Lunatic asylums Central Provinces reports 1895-1909 - 1895-1909
Year: 1895
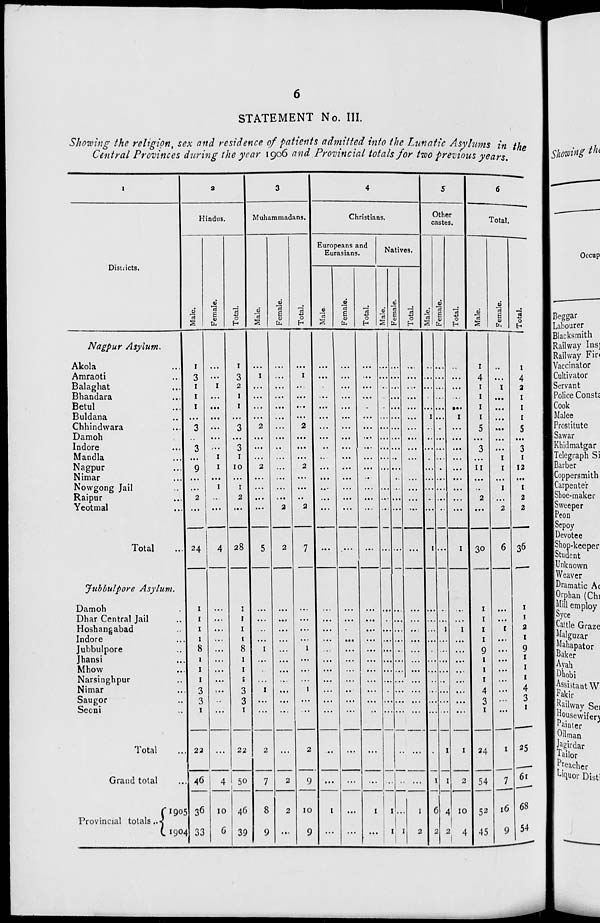
6
STATEMENT No. III.
Showing the religion, sex and residence of patients admitted into the Lunatic Asylums in the
Central Provinces during the year 1906 and Provincial totals for two previous years.
Districts.
Nagpur Asylum.
Akola...
Amraoti...
Balaghat...
Bhandara...
Betul...
Buldana...
Chhindwara...
Damoh...
Indore...
Mandla...
Nagpur...
Nimar...
Nowgong Jail...
Raipur...
Yeotmal...
Total...
Jubbulpore Asylum.
Damoh...
Dhar Central Jail...
Hoshangabad...
Indore...
Jubbulpore...
Jhansi...
Mhow...
Narsinghpur...
Nimar...
Saugor...
Seoni...
Total...
Grand total...
Provincial totals..
1905
1904
2
Hindus.
Male.
1
3
1
1
1
...
3
...
3
...
9
...
...
2
...
24
1
1
1
1
8
1
1
1
3
3
1
22
46
36
33
Female.
...
...
1
...
...
...
...
...
...
1
1
...
1
...
...
4
...
...
...
...
...
...
...
...
...
..
...
...
4
10
6
Total.
1
3
2
1
1
...
3
...
3
1
10
...
1
2
...
28
1
1
1
1
8
1
1
1
3
3
1
22
50
46
39
3
Muhammadans.
Male.
...
1
...
...
...
...
2
...
...
...
2
...
...
...
...
5
...
...
...
...
1
...
...
...
1
...
...
2
7
8
9
Female.
...
...
...
...
...
...
...
...
...
...
...
...
...
...
2
2
...
...
...
...
...
...
...
...
...
...
...
...
2
2
...
Total.
...
1
...
...
...
...
2
...
...
...
2
...
...
...
2
7
...
...
...
...
1
...
...
...
1
...
...
2
9
10
9
4
Christians.
Europeans and
Eurasians.
Male.
...
...
...
...
...
...
...
...
...
...
...
...
...
...
...
...
...
...
...
...
...
...
...
...
...
...
...
...
...
1
...
Female.
...
...
...
...
...
...
...
...
...
...
...
...
...
...
...
...
...
...
...
...
...
...
...
...
...
...
...
...
...
...
...
Total.
...
...
...
...
...
...
...
...
...
...
...
...
...
...
...
...
...
...
...
...
...
...
...
...
...
...
...
...
...
1
...
Natives.
Male.
...
...
...
...
...
...
...
...
..
...
...
...
...
...
...
...
...
...
...
...
...
...
...
...
...
...
...
...
...
1
1
Female.
...
...
...
...
...
...
...
...
...
...
...
...
...
...
...
...
...
...
...
...
...
...
...
...
...
...
...
...
...
...
1
Total.
...
...
...
...
...
...
...
...
...
...
...
...
...
...
...
...
...
...
...
...
...
...
...
...
...
...
...
...
...
1
2
5
Other
castes.
Male.
...
...
...
...
...
1
...
...
...
...
...
...
...
...
...
1
...
...
...
...
...
...
...
..
...
...
...
...
1
6
2
Female.
...
...
...
...
...
...
...
...
...
..
...
...
..
...
...
...
...
...
1
...
...
...
...
...
...
...
...
1
1
4
2
Total.
...
...
...
...
...
1
...
...
...
...
...
...
...
...
...
1
...
...
1
...
...
...
...
...
...
...
...
1
2
10
4
6
Total.
Male.
1
4
1
1
1
1
5
...
3
...
11
...
..
2
...
30
1
1
1
1
9
1
1
1
4
3
1
24
54
52
45
Female.
...
...
1
...
...
...
...
...
...
1
1
...
1
...
2
6
...
...
1
...
...
...
...
...
...
...
...
1
7
16
9
Total.
1
4
2
1
1
1
5
...
3
1
12
...
1
2
2
36
1
1
2
1
9
1
1
1
4
3
1
25
61
68
54